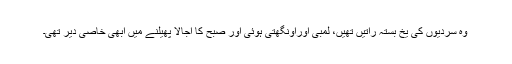
وہ سردیوں کی یخ بستہ راتیں تھیں، لمبی اوراونگھتی ہوئی اور صبح کا اجالا پھیلنے میں ابھی خاصی دیر تھی۔